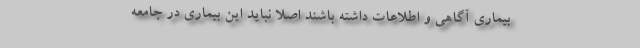
بیماری آگاهی و اطلاعات داشته باشند اصلاً نباید این بیماری در جامعه